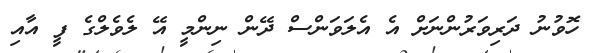
ހޮވުނު ދަރިވަރުންނަށް އެ އެލަވަންސް ދޭން ނިންމީ އޭ ލެވެލްގެ ފީ އާއި